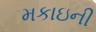
મકાઇની